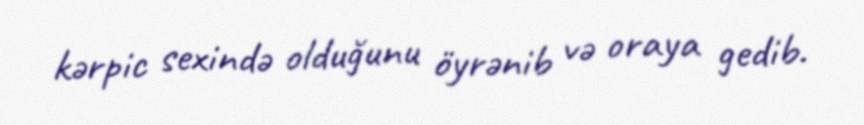
kərpic sexində olduğunu öyrənib və oraya gedib.